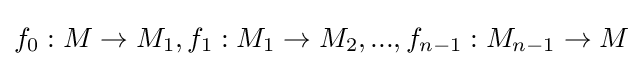
f_{0}:M\to M_{1},f_{1}:M_{1}\to M_{2},...,f_{n-1}:M_{n-1}\to M